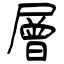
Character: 層